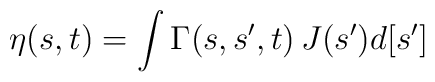
\eta(s,t) = \int \Gamma(s,s^\prime,t) \, J(s^\prime)d[s^\prime]